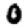
Digit: 0